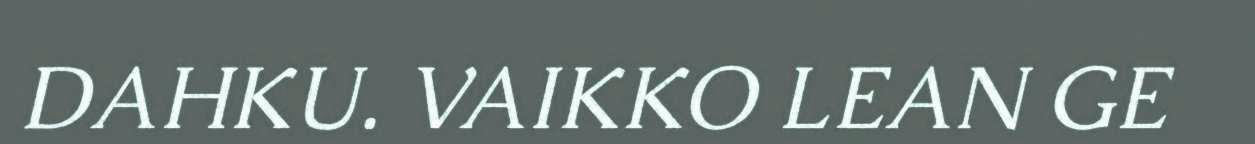
DAHKU. VAIKKO LEAN GE